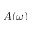
A ( \omega )